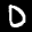
Label: 0